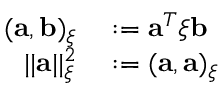
\begin{array} { r l } { ( \mathbf { a } , \mathbf { b } ) _ { \boldsymbol { \xi } } } & { { } : = \mathbf { a } ^ { T } \boldsymbol { \xi } \mathbf { b } } \\ { | | \mathbf { a } | | _ { \boldsymbol { \xi } } ^ { 2 } } & { { } : = ( \mathbf { a } , \mathbf { a } ) _ { \boldsymbol { \xi } } } \end{array}